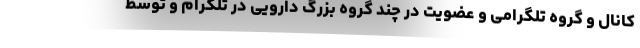
کانال و گروه تلگرامی و عضویت در چند گروه بزرگ دارویی در تلگرام و توسط